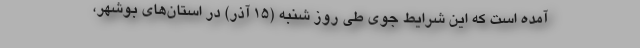
آمده است که این شرایط جوی طی روز شنبه (۱۵ آذر) در استان‌های بوشهر،